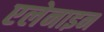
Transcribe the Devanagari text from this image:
एलेनाइन